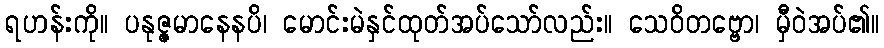
ရဟန်းကို။ ပနုဇ္ဇမာနေနပိ၊ မောင်းမဲနှင်ထုတ်အပ်သော်လည်း။ သေဝိတဗ္ဗော၊ မှီဝဲအပ်၏။